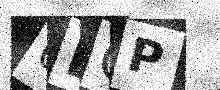
Text: 0BOP